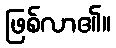
ဖြစ်လာ၏။